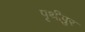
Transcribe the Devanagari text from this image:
पृथीपुर